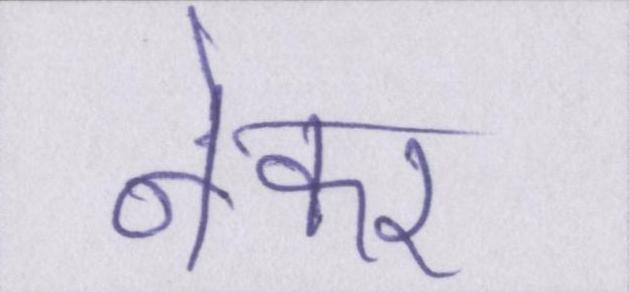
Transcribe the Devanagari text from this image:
नेकर